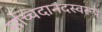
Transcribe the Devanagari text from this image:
सच्चिदानंदस्वरूपं